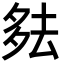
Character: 𪠞